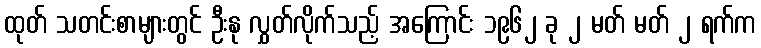
ထုတ် သတင်းစာများတွင် ဦးနု လွှတ်လိုက်သည့် အကြောင်း ၁၉၆၂ ခု ၂ မတ် မတ် ၂ ရက်က